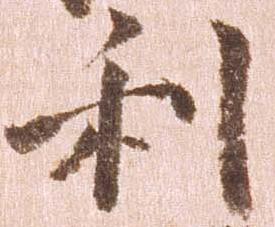
利